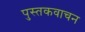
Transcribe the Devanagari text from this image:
पुस्तकवाचन